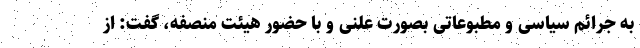
به جرائم سیاسی و مطبوعاتی بصورت علنی و با حضور هیئت منصفه، گفت: از